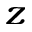
_ z